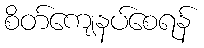
စိတ်ကျေနပ်စေရန်